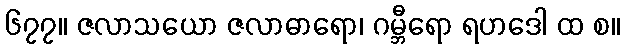
၆၇၇။ ဇလာသယော ဇလာဓာရော၊ ဂမ္ဘီရော ရဟဒေါ ထ စ။